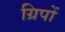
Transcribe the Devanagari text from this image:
ग्रिपों